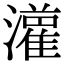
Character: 𤂦